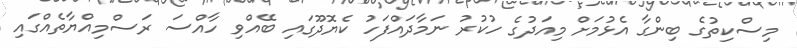
މިސްކިތުގެ ބިންގާ އެޅުމަށް މިއަދުގެ ހުކުރު ނަމާދައްފަހު ކެޔޮދޫގައި ބޭއްވި ހާއްސަ ރަސްމިއްޔާތެއްގައި